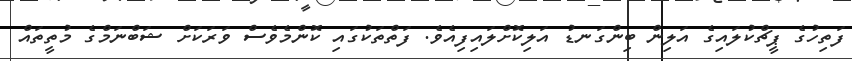
ފަތިހުގެ ޕީޗްކުލައިގެ އަލިން ބިންގަނޑު އަލިކޮށްލައިފިއެވެ. ފަތްތަކުގައި ކޮންމެވެސް ވަރަކަށް ޝަބްނަމްގެ މުތީތައް